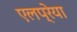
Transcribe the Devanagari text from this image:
एलप्रेया